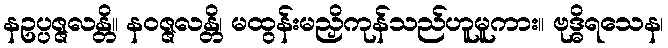
နဥပ္ပဇ္ဇလန္တိ။ နဝဇ္ဇလန္တိ၊ မထွန်းမညှိကုန်သည်ဟူမူကား။ ဗုဒ္ဓိရသေန၊